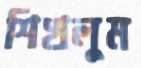
শিখলুম